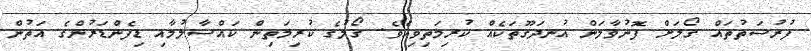
ފުރުސަތުތައް ގޯލަށް ފޮނުވާލަން އުނދަގޫތަކެއް ކުރިމަތިވިއެވެ. ގޯލުގެ ކުރިމަތިން ކައްސާލުމާއި ޑިފެންޑަރުންގެ އަތުން